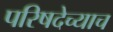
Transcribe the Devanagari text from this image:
परिषदेच्याच